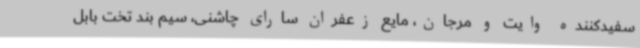
سفیدکننده وایت و مرجان، مایع زعفران سارای چاشنی، سیم بند تخت بابل